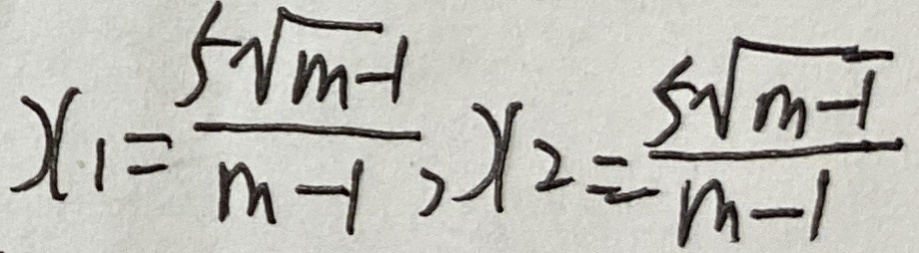
x _ { 1 } = \frac { 5 \sqrt { m - 1 } } { m - 1 } ) , x _ { 2 } = \frac { 5 \sqrt { m - 1 } } { m - 1 }